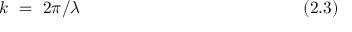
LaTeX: k ~ = ~ 2 \pi / \lambda ~ ~ ~ ~ ~ ~ ~ ~ ~ ~ ~ ~ ~ ~ ~ ~ ~ ~ ~ ~ ~ ~ ~ ~ ~ ~ ~ ~ ~ ~ ~ ~ ~ ~ ~ ~ ~ ~ ~ ( 2 . 3 )